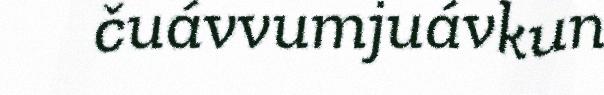
čuávvumjuávkun